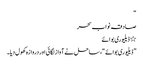
“
صادقہ نواب سحر
٭ ڈیلیوری بوائے
” ڈیلیوری بوائے “، ساحل نے آواز لگائی اور دروازہ کھول دیا۔